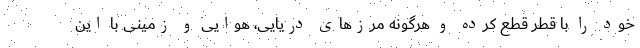
خود را با قطر قطع کرده و هرگونه مرزهای دریایی، هوایی و زمینی با این